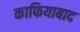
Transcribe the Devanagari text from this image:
काफियाबाद